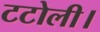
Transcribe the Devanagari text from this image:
टटोली।